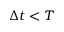
\Delta t < T